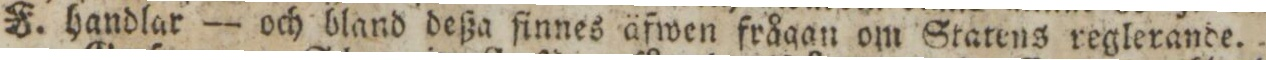
F. handlar — och bland deßa ſinnes äfwen frågan om Statens reglerande.